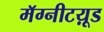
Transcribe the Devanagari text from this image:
मॅग्नीटय़ूड